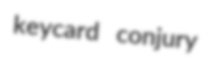
keycard conjury